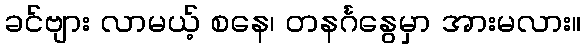
ခင်ဗျား လာမယ့် စနေ၊ တနင်္ဂနွေမှာ အားမလား။